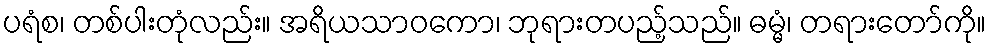
ပရံစ၊ တစ်ပါးတုံလည်း။ အရိယသာဝကော၊ ဘုရားတပည့်သည်။ ဓမ္မံ၊ တရားတော်ကို။